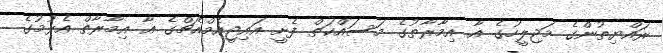
ރައްޔިތުންގެ މަޖިލީހުގެ އާ އިމާރާތުގެ މަސައްކަތް ފެށީ އައިޖީއެމްއެޗްގެ އާ އިމާރާތް އެޅުމުގެ